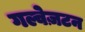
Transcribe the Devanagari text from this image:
गल्वेज़टन